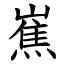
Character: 嶣